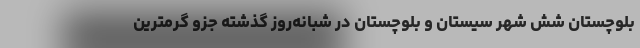
بلوچستان شش شهر سیستان و بلوچستان در شبانه‌روز گذشته جزو گرمترین